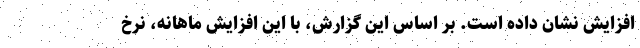
افزایش نشان داده است. بر اساس این گزارش، با این افزایش ماهانه، نرخ